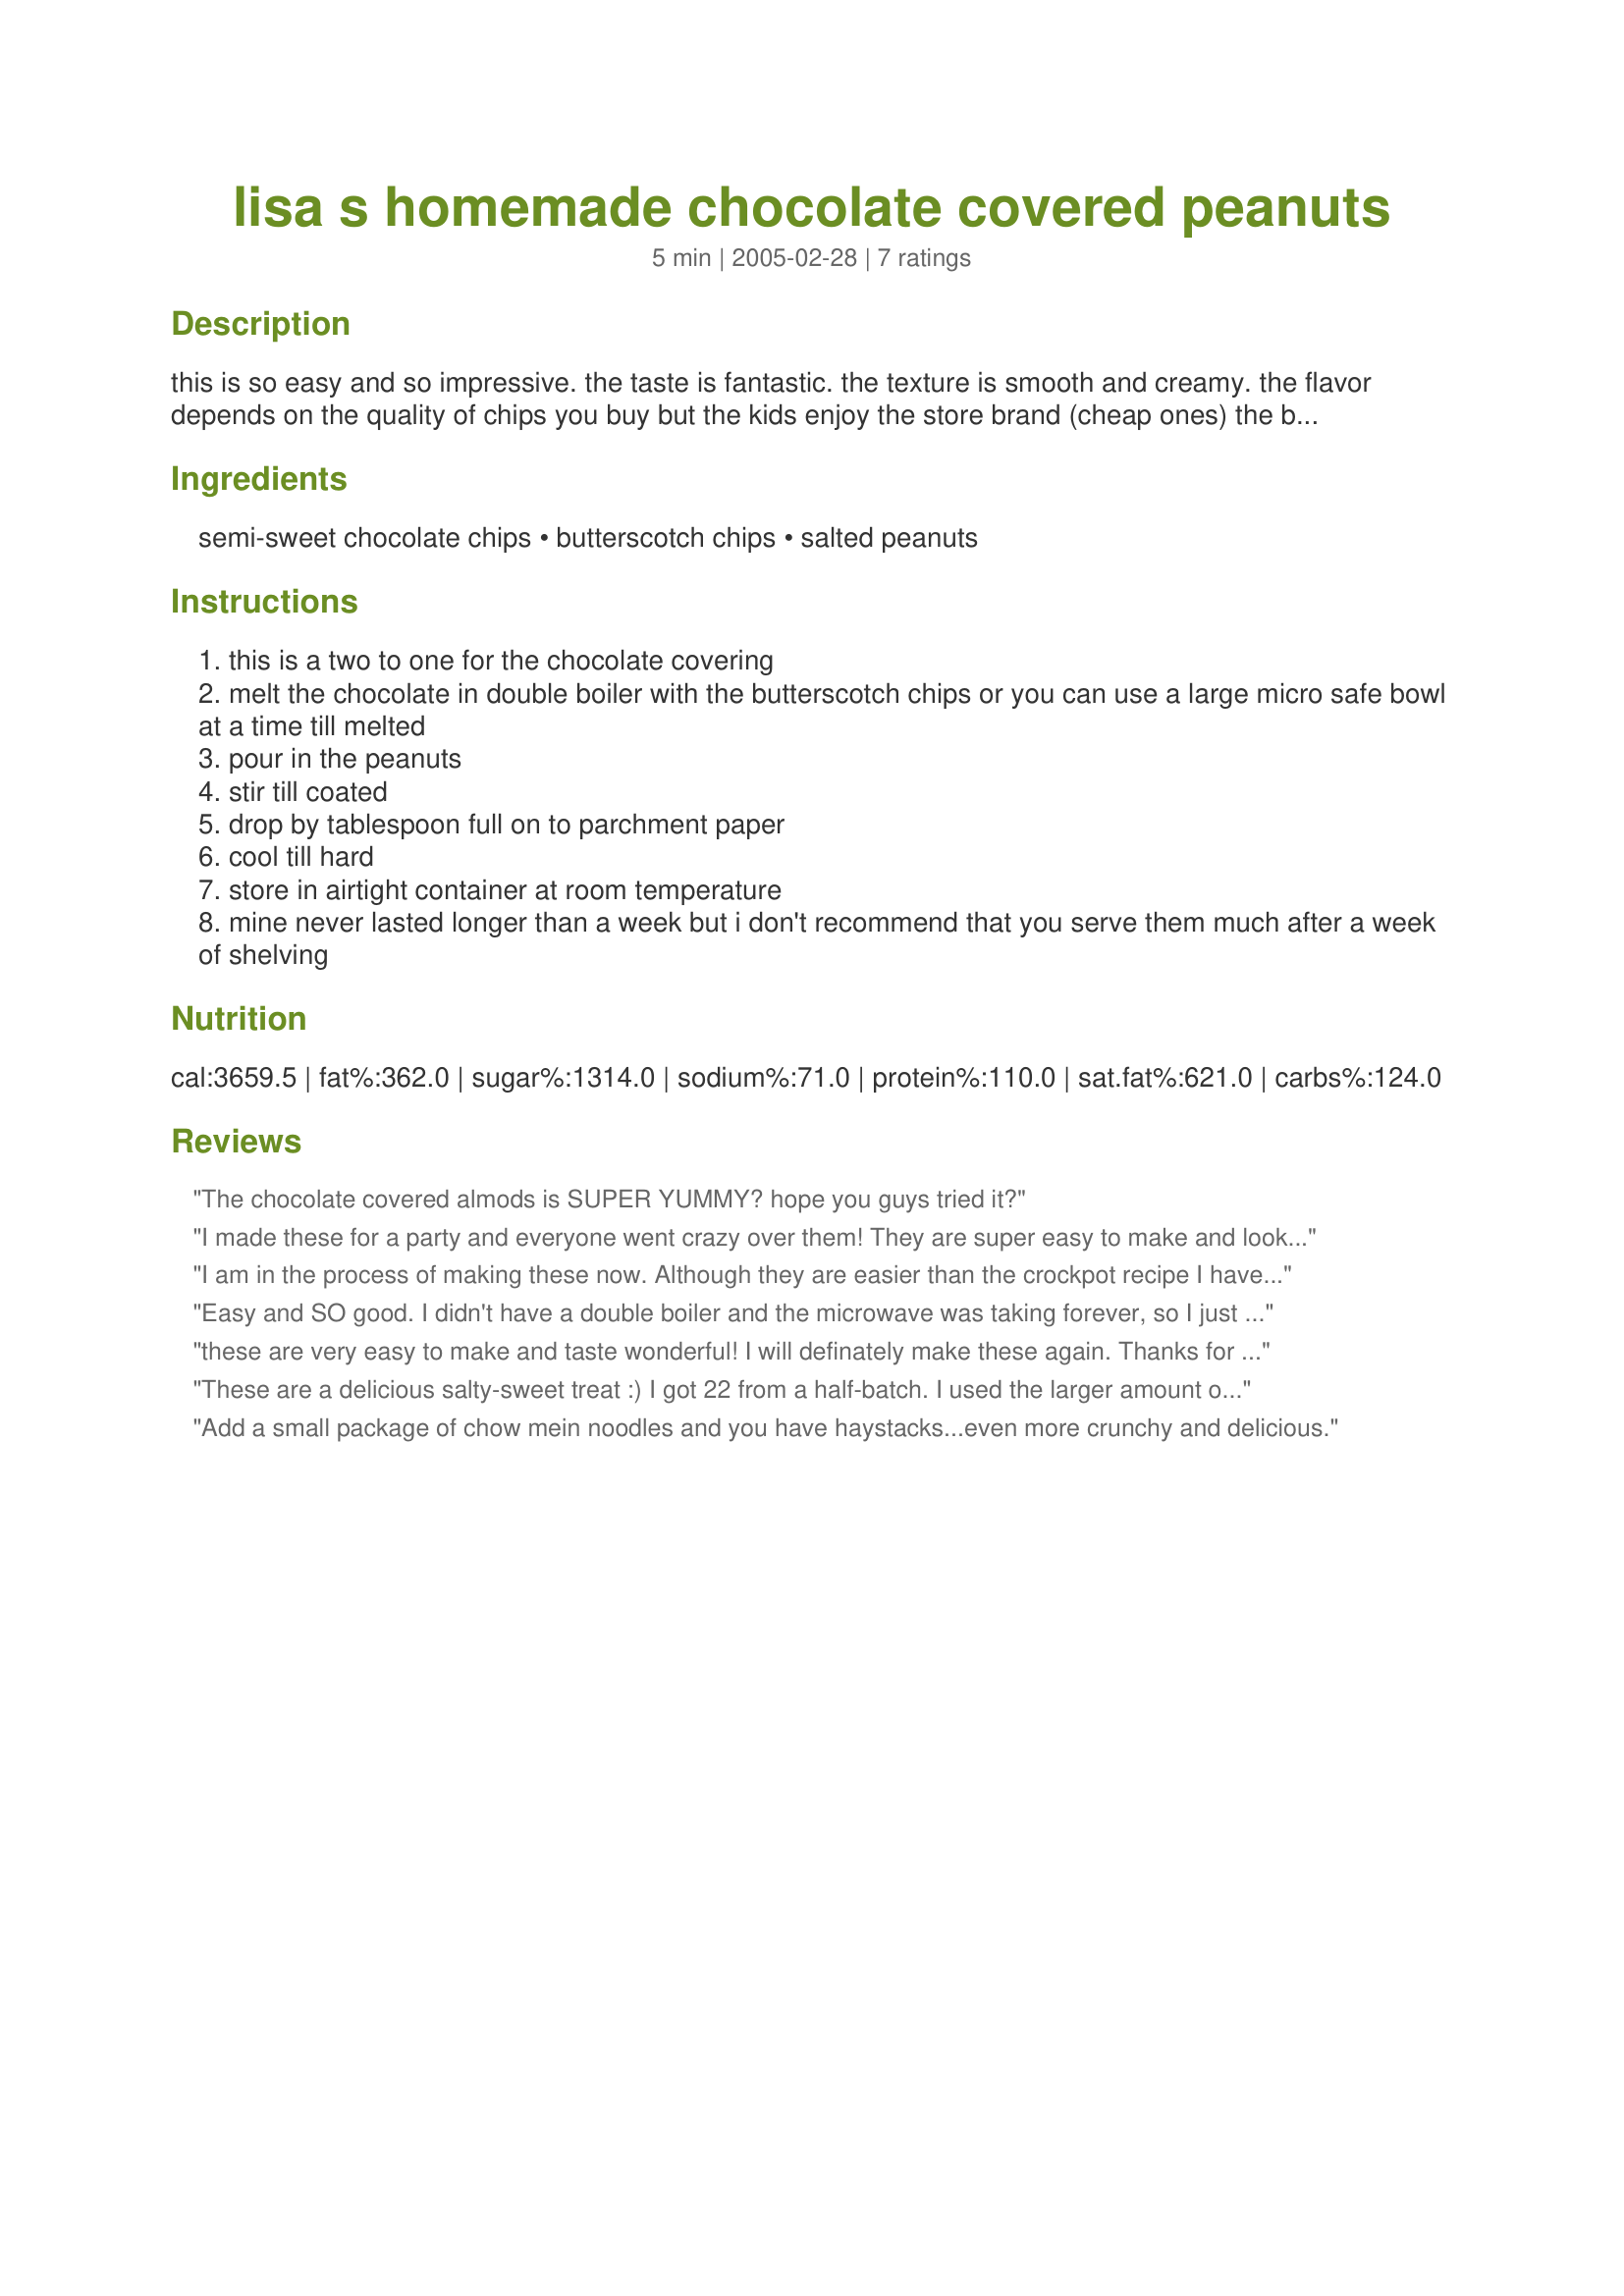
lisa s homemade chocolate covered peanuts
Preparation time: 5 minutes

this is so easy and so impressive. the taste is fantastic. the texture is smooth and creamy. the flavor depends on the quality of chips you buy but the kids enjoy the store brand (cheap ones) the best they make great teacher gifts, if you package them up nicely.

Ingredients:
semi-sweet chocolate chips, butterscotch chips, salted peanuts

Steps:
this is a two to one for the chocolate covering
melt the chocolate in double boiler with the butterscotch chips or you can use a large micro safe bowl at a time till melted
pour in the peanuts
stir till coated
drop by tablespoon full on to parchment paper
cool till hard
store in airtight container at room temperature
mine never lasted longer than a week but i don't recommend that you serve them much after a week of shelving

Reviews:
The chocolate covered almods is SUPER YUMMY? hope you guys tried it?
I made these for a party and everyone went crazy over them! They are super easy to make and look like you spent a long time making them. They would be great as a hostess gift or in a holiday goodie basket or tray. Thanks for posting a keeper!
I am in the process of making these now. Although they are easier than the crockpot recipe I have, there's too much of a butterscotch flavor, in my opinion. The crockpot recipe calls for equal parts semi sweet and butterscotch chips, which I think is much better.
Easy and SO good. I didn't have a double boiler and the microwave was taking forever, so I just melted the chips in a pan on the stove (low heat). I also almost doubled the amount of nuts because, well, I like them.

Very good - goes in the keeper file.
these are very easy to make and taste wonderful! I will definately make these again. Thanks for the great recipe
These are a delicious salty-sweet treat :) I got 22 from a half-batch. I used the larger amount of nuts and actually had to add a few more as I had melted chocolate mix left at the end after scooping them out that had no nuts in it. Used Ghirardelli chocolate and Nestle butterscotch chips. Thanks for sharing!
Add a small package of chow mein noodles and you have haystacks...even more crunchy and delicious.
